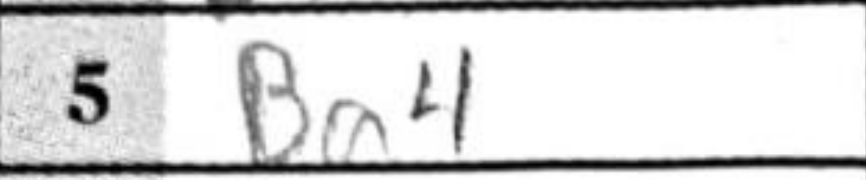
Transcription: Ba4